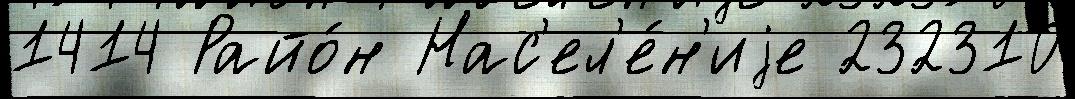
1414 Райо́н Нас'ел'е́н'иjе 232310